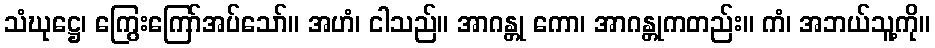
သံဃုဋ္ဌေ၊ ကြွေးကြော်အပ်သော်။ အဟံ၊ ငါသည်။ အာဂန္တု ကော၊ အာဂန္တုကတည်း။ ကံ၊ အဘယ်သူ့ကို။